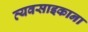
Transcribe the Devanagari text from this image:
व्यवसाइकाना